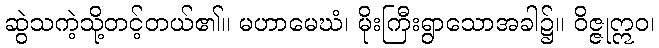
ဆွဲသကဲ့သို့တင့်တယ်၏။ မဟာမေဃံ၊ မိုးကြီးရွာသောအခါ၌။ ဝိဇ္ဇုဣဝ၊